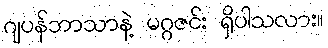
ဂျပန်ဘာသာနဲ့ မဂ္ဂဇင်း ရှိပါသလား။